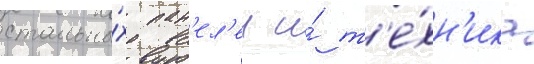
стальны́х пан'ел'еи и́ т'е́хн'ика